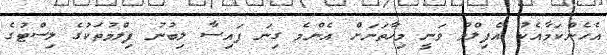
އެހެންކަމާއެކު އެފިލްމު ވަނީ މިހާތަނަށް އެންމެ ގިނަ ފައިސާ ލިބުނު ފިލްމުތަކުގެ ލިސްޓުގެ